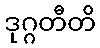
ဒုဂ္ဂတီတိ